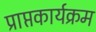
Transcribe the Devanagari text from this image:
प्राप्तकार्यक्रम